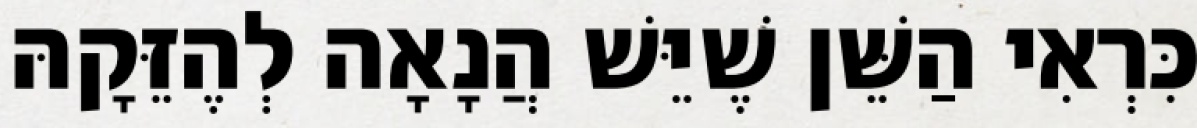
כִּרְאִי הַשֵּׁן שֶׁיֵּשׁ הֲנָאָה לְהֶזֵּקָהּ